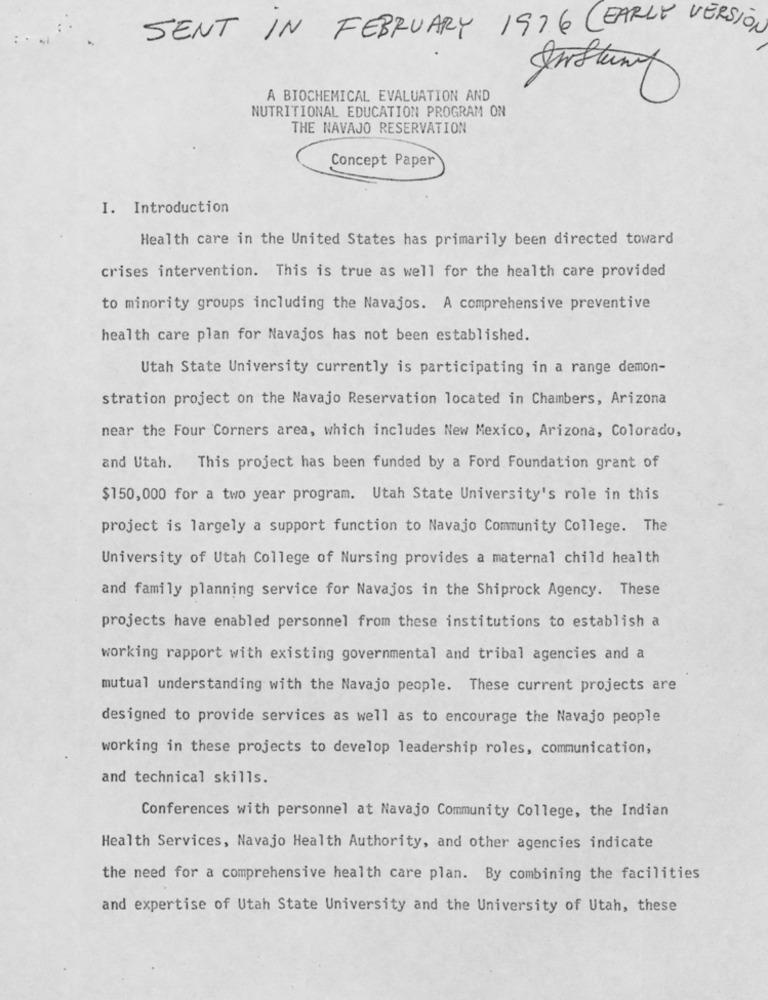
SENT IN FEBRUARY 1976 (EARLY VERSION
A BIOCHEMICAL EVALUATION AND
NUTRITIONAL EDUCATION PROGRAM ON
THE NAVAJO RESERVATION
Concept Paper
I. Introduction
Health care in the United States has primarily been directed toward
crises intervention. This is true as well for the health care provided
to minority groups including the Navajos. A comprehensive preventive
health care plan for Navajos has not been established.
Utah State University currently is participating in a range demon-
stration project on the Navajo Reservation located in Chambers, Arizona
near the Four Corners area, which includes New Mexico, Arizona, Colorado,
and Utah.
This project has been funded by a Ford Foundation grant of
$150,000 for a two year program. Utah State University's role in this
project is largely a support function to Navajo Community College. The
University of Utah College of Nursing provides a maternal child health
and family planning service for Navajos in the Shiprock Agency. These
projects have enabled personnel from these institutions to establish a
working rapport with existing governmental and tribal agencies and a
mutual understanding with the Navajo people. These current projects are
designed to provide services as well as to encourage the Navajo people
working in these projects to develop leadership roles, communication,
and technical skills.
Conferences with personnel at Navajo Community College, the Indian
Health Services, Navajo Health Authority, and other agencies indicate
the need for a comprehensive health care plan. By combining the facilities
and expertise of Utah State University and the University of Utah, these